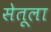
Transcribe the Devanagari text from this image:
सेतूला